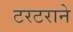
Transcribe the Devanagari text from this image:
टरटराने